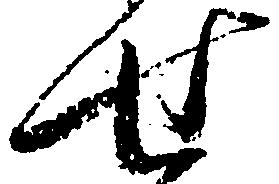
せ